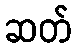
ဆတ်